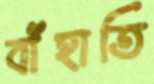
বাঁহাতি